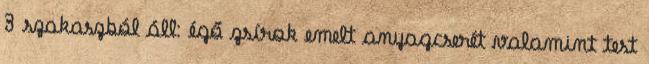
3 szakaszból áll: égő zsírok emelt anyagcserét valamint test